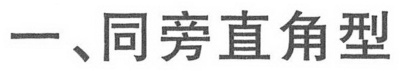
一、同旁直角型